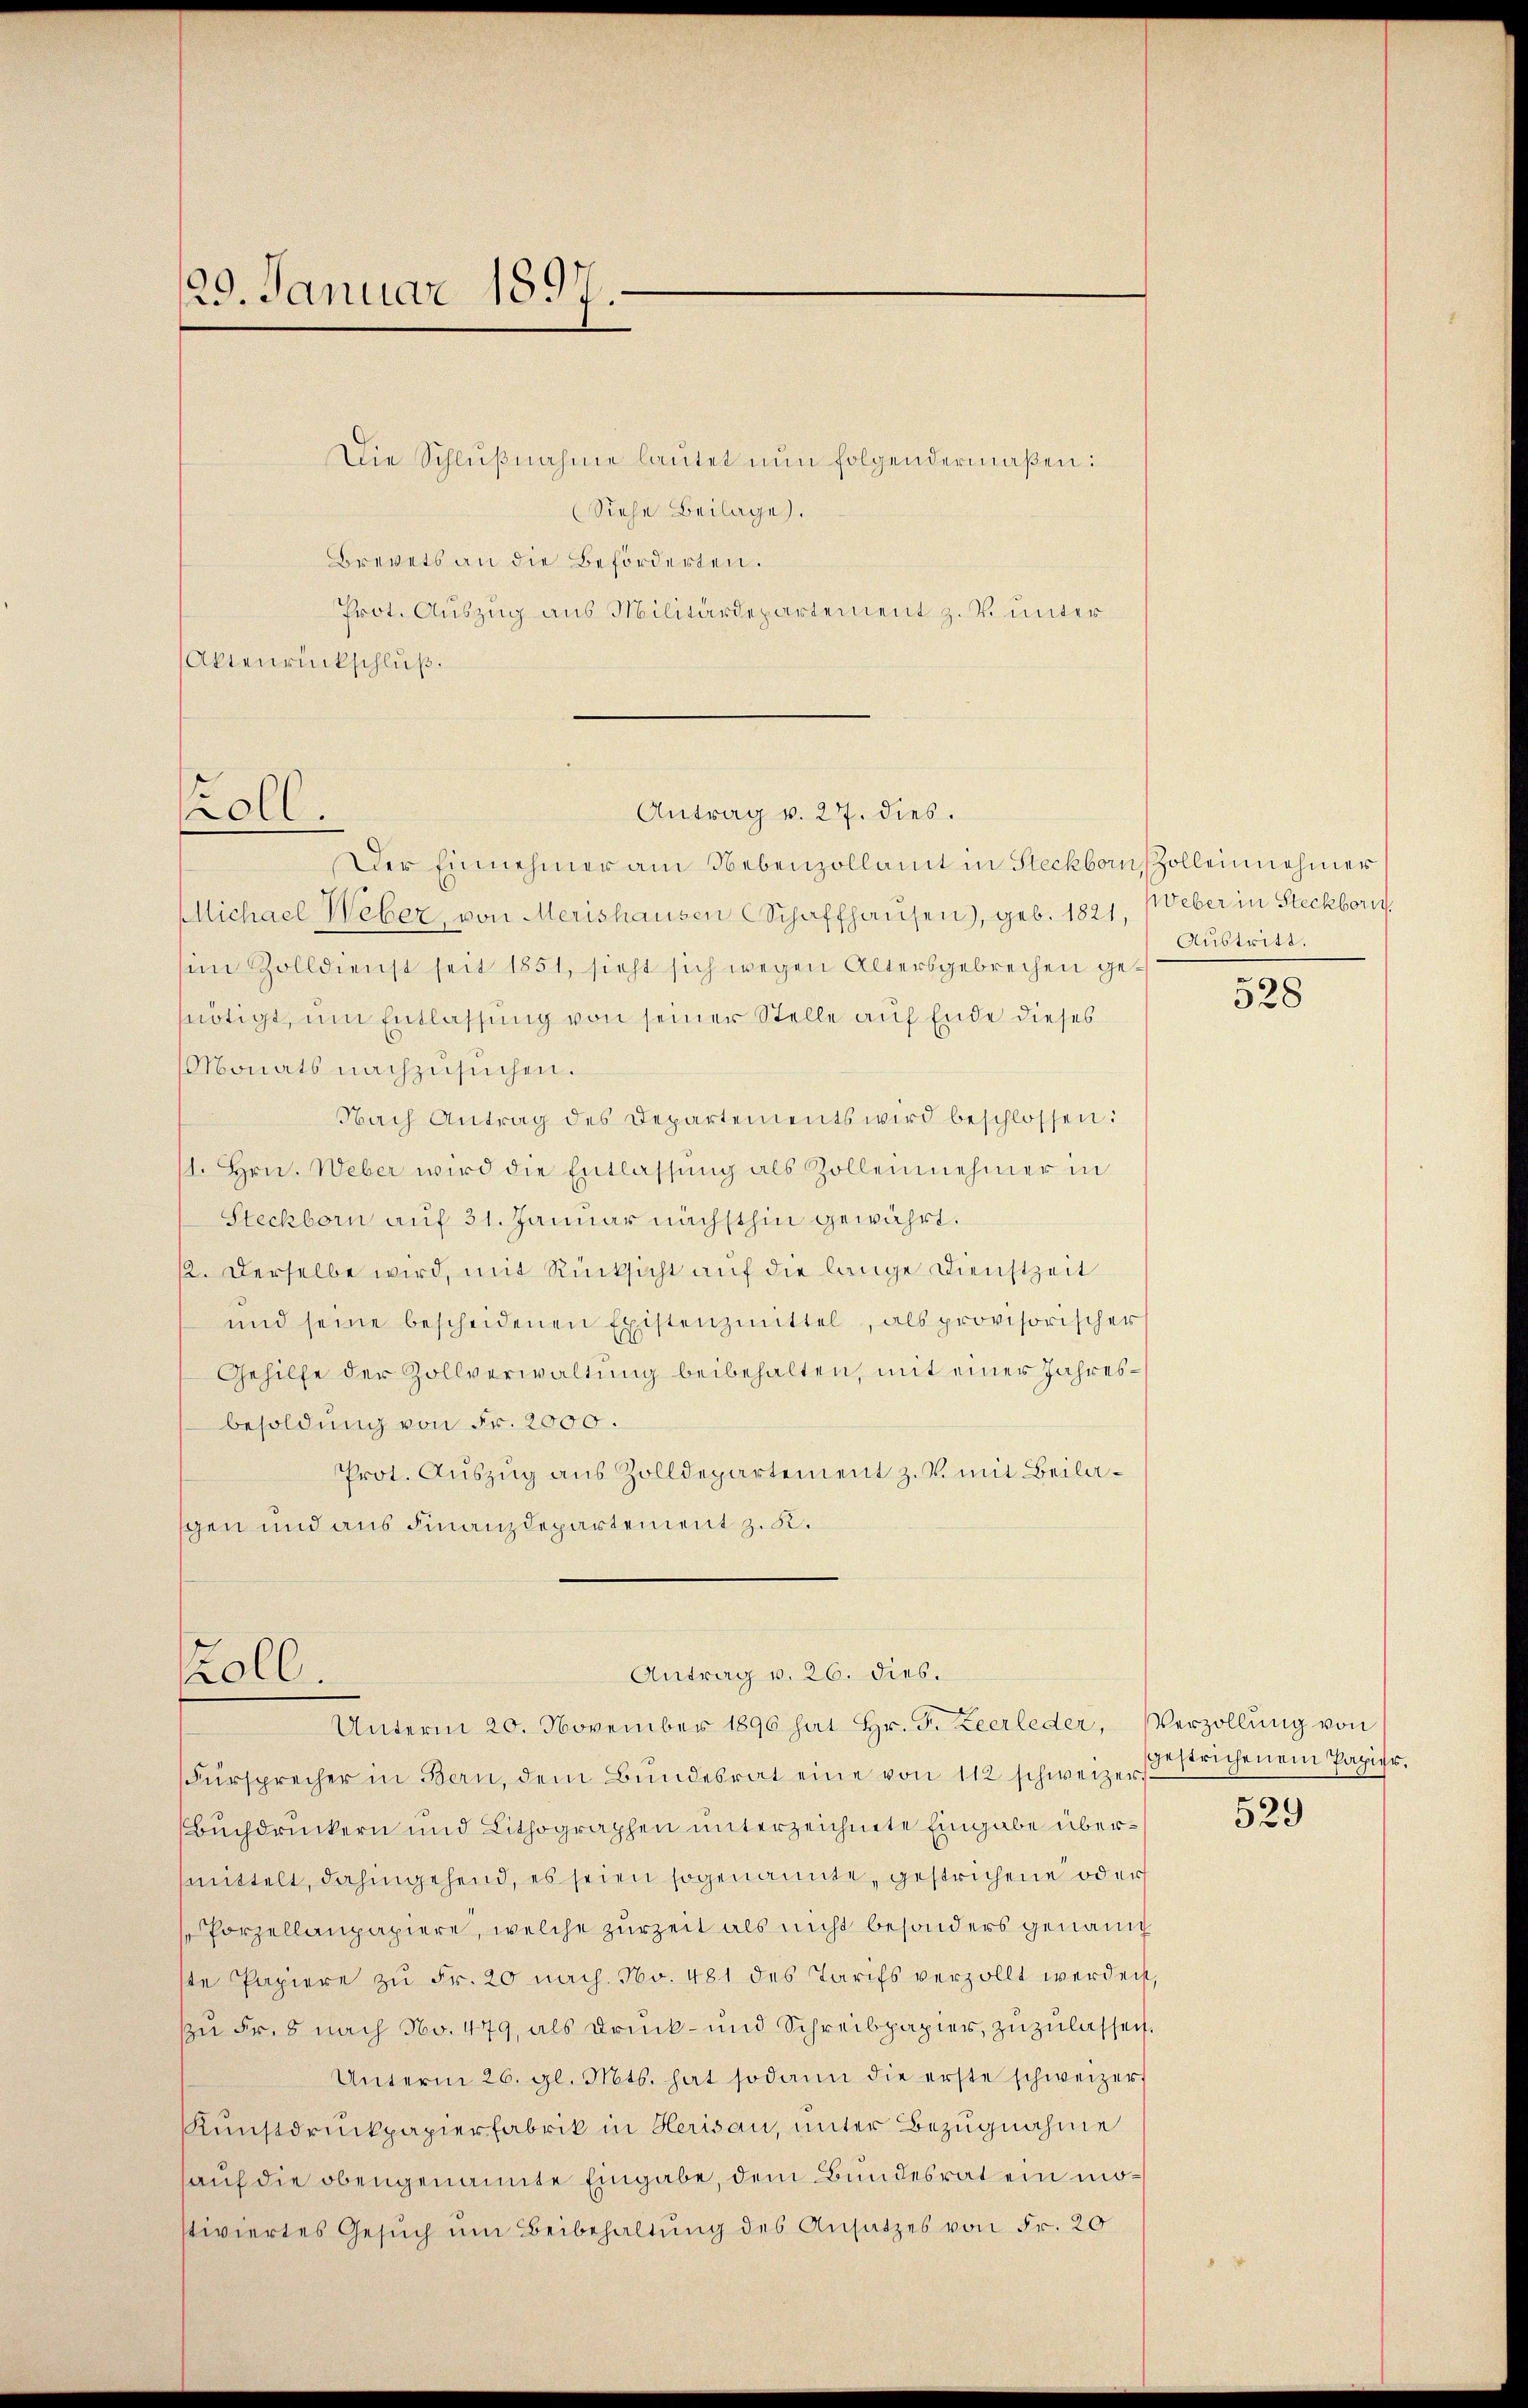
129. Januar 1897.

Die Schlŭβnahme lautet nun folgendermaßen:
(Siehe Beilage).
Brevets an die Beförderten.
Prot. Auszug aus Militärdepartement z. v. unter¬
Aktenrückschluß.

koll.

Antrag v. 27. dies.

Der Einnehmer am Nebenzollamt in Steckborn, Zolleinehmer
Mllichael Weber, von Merishausen Schaffhausen), geb. 1821, Weber in Steckborn.
im Zolldienst seit 1851, sieht sich wegen Altersgebrechen genötigt, um Entlassung von seiner Stelle auf Ende dieses
Monats nachzusuchen.
Nach Antrag des Departements wird beschlossen:
11. hrn. Weber wird die Entlassŭng als Zollennehmer in
Steckborn auf 31. Januar nächsthin gewährt.
12. Derselbe wird, mit Rücksicht auf die lange Dienstzeit
und seine bescheidenen Existenzmittel, als provisorischer
Gehilfe der Zollverwaltung beibehalten, mit einer Jahres¬
Besoldung von Fr. 2000.
Prot. Auszug aus Zolldepartement z. v. mit Beilagen und aus Finanzdepartement z. K.
Antrag v. 26. dies.
oll.
Unterm 20. November 1890 hat Hr. Fr. Zeerleder,
Fürsprecher in Bern, dem Bŭndesrat eine von 112 schweizer gestrichenem Papier.
Buchdruckern und Lithographen unterzeichnete Eingabe übermmittelt, dahingehend, es seien sogenannte, gestrichene od ers
Porzellanpapiere, welche zurzeit als nicht besonders genan
ste Papiere zu Fr. 20 nach. No. 481 des Tarifs verzollt werden
zu Fr. 8 nach No. 479, als Druck- und Schreibpapier, zuzulassen
Unterm 26. gl. Mts. hat sodann die erste schweizer
Kunstdruckpapierfabrik in Herisau, unter Bezugnahme
sauf die obengenannte Eingabe, dem Bundesrat ein möstiviertes Gesŭch ŭm Beibehaltung des Ansatzes von Fr. 20

Austritt.

528

Verzöllung von
529